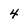
Character: 4